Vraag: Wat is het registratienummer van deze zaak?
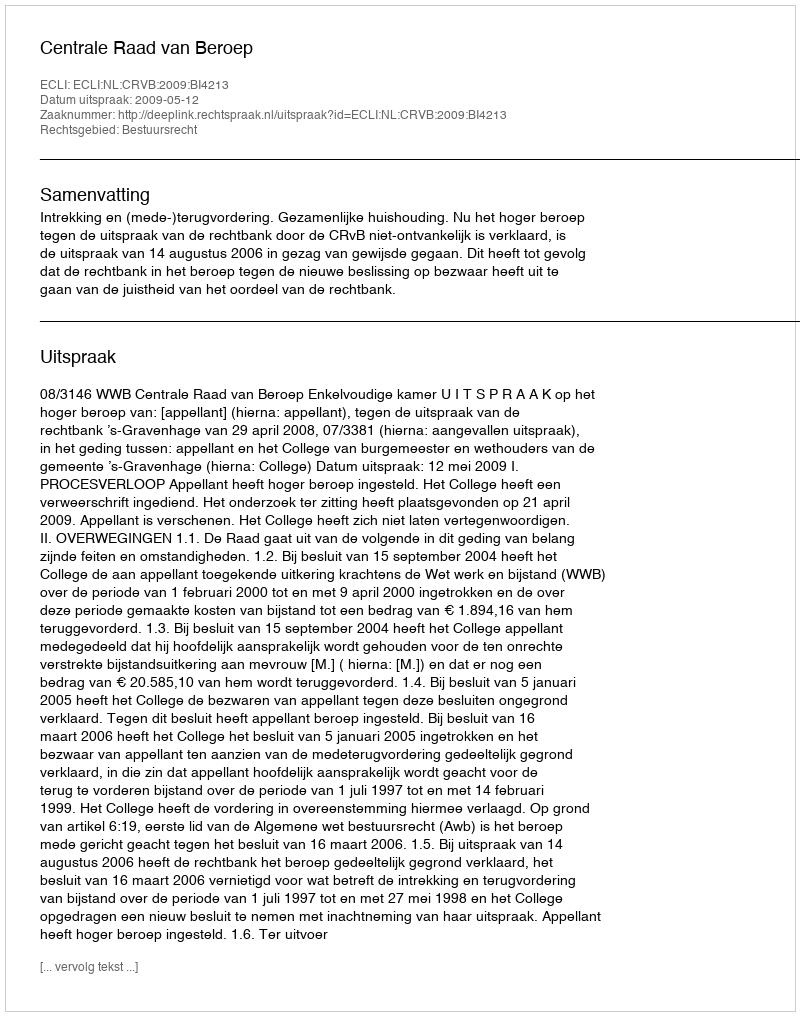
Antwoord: http://deeplink.rechtspraak.nl/uitspraak?id=ECLI:NL:CRVB:2009:BI4213